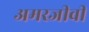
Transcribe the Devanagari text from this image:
अमरजीवी